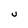
Character: U